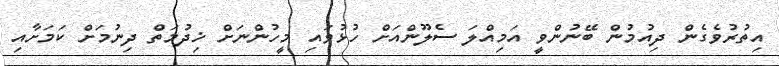
އިތުރުވެގެން ދިއުމުން ބޭނުންވީ އަމިއްލަ ސެލޫންއަށް ހުޅުވައި މީހުންނަށް ޚިދުމަތް ދިނުމަށް ކަމަށާއި